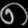
Digit: ၈